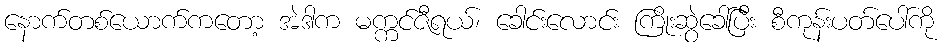
နောက်တစ်ယောက်ကတော့ အဲဒါက မက္ကင်ဇီရယ်၊ ခေါင်းလောင်း ကြိုးဆွဲခေါ်ပြီး စီကုန်းပတ်ပေါ်ကို